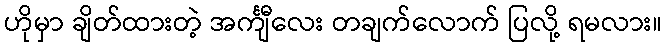
ဟိုမှာ ချိတ်ထားတဲ့ အင်္ကျီလေး တချက်လောက် ပြလို့ ရမလား။